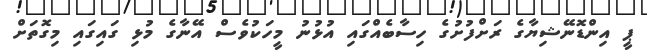
ޕީ އިންޑޮނޭޝިޔާގެ ރަށްފުށުގެ ހިސާބެއްގައި އުޅުނު މީހަކުވެސް އޭނާގެ މުޅި ގައިގައި މިގޮތަށް